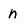
Character: n